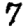
Digit: 7